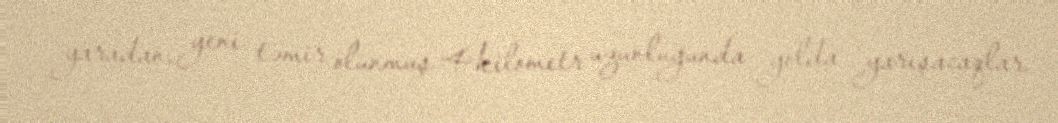
yaradan, yeni təmir olunmuş 4 kilometr uzunluğunda yolda yarışacaqlar.